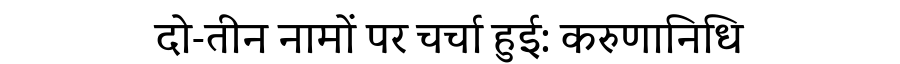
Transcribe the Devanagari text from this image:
दो-तीन नामों पर चर्चा हुई: करुणानिधि